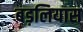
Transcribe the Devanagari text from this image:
बड़लियास